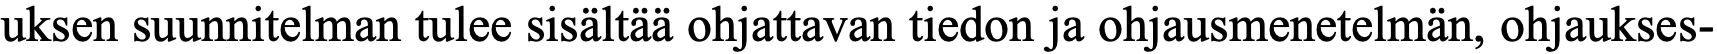
uksen suunnitelman tulee sisältää ohjattavan tiedon ja ohjausmenetelmän, ohjaukses-